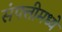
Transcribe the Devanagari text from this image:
संपत्तीमध्ये